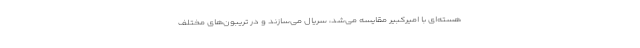
هسته‌ای با امیرکبیر مقایسه می‌شد، سریال می‌سازند و در تریبون‌های مختلف